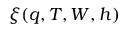
\xi ( q , T , W , h )